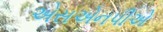
એસએનપીએ